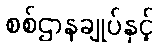
စစ်ဌာနချုပ်နှင့်